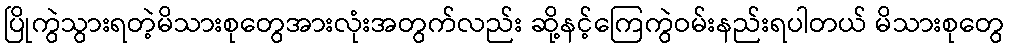
ပြိုကွဲသွားရတဲ့မိသားစုတွေအားလုံးအတွက်လည်း ဆို့နင့်ကြေကွဲဝမ်းနည်းရပါတယ် မိသားစုတွေ